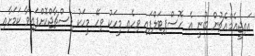
އައިޖީއެމްއެޗުން ބުނީ އެ ހޮސްޕިޓަލްފައި ވިހެއި މީހަކު ވިހޭ މީހަކު ޑިސްޗާޖްކޮށްފައިވާ ކަމަށާއި